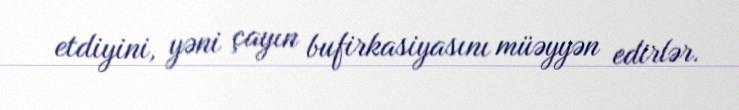
etdiyini, yəni çayın bufirkasiyasını müəyyən edirlər.